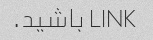
LINK باشید.